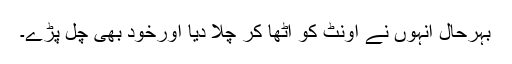
بہرحال انہوں نے اونٹ کو اٹھا کر چلا دیا اورخود بھی چل پڑے۔